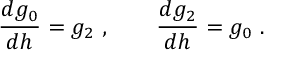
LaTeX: \frac { d g _ { 0 } } { d h } = g _ { 2 } ~ , \qquad \frac { d g _ { 2 } } { d h } = g _ { 0 } ~ .